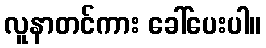
လူနာတင်ကား ခေါ်ပေးပါ။